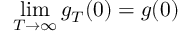
\operatorname* { l i m } _ { T \to \infty } g _ { T } ( 0 ) = g ( 0 )